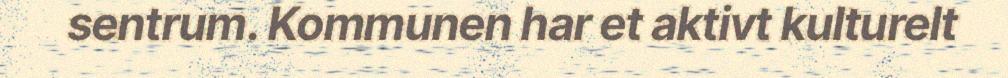
sentrum. Kommunen har et aktivt kulturelt